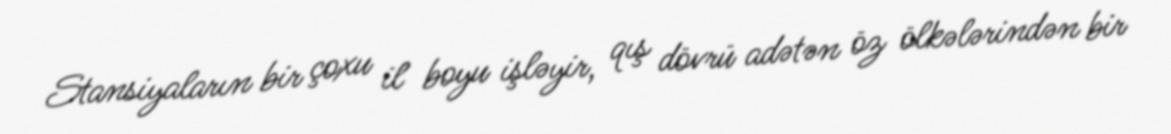
Stansiyaların bir çoxu il boyu işləyir, qış dövrü adətən öz ölkələrindən bir